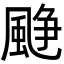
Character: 𩗲